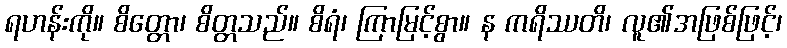
ရဟန်းကို။ စိတ္တော၊ စိတ္တသည်။ စိရံ၊ ကြာမြင့်စွာ။ န ကရိဿတိ၊ လူ၏အဖြစ်ဖြင့်၊